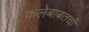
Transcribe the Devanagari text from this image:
कलेबाबतची